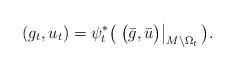
LaTeX: \begin{align*} (g_t, u_t) = \psi_t^* \big( \left.\big(\bar g, \bar u\big)\right|_{M\setminus \Omega_t}\big). \end{align*}